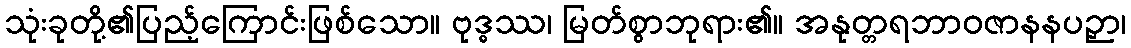
သုံးခုတို့၏ပြည့်ကြောင်းဖြစ်သော။ ဗုဒ္ဓဿ၊ မြတ်စွာဘုရား၏။ အနုတ္တရဘာဝဇာနနပဉှာ၊